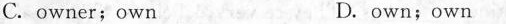
C.owner;own D.own;own